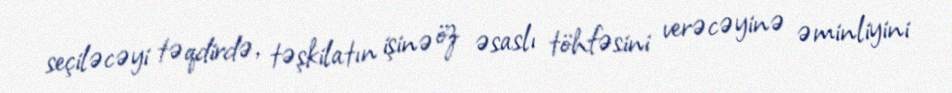
seçiləcəyi təqdirdə, təşkilatın işinə öz əsaslı töhfəsini verəcəyinə əminliyini